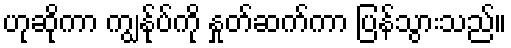
ဟုဆိုကာ ကျွန်ုပ်ကို နှုတ်ဆက်ကာ ပြန်သွားသည်။